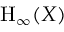
\mathrm { H } _ { \infty } ( X )